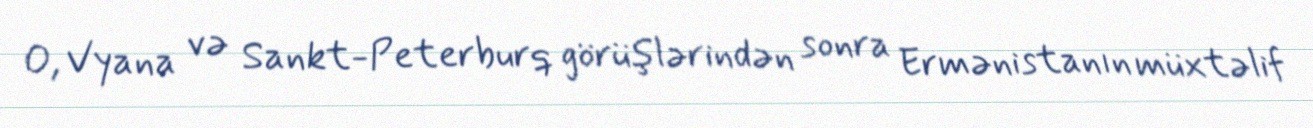
O, Vyana və Sankt-Peterburq görüşlərindən sonra Ermənistanın müxtəlif